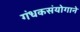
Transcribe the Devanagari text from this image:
गंधकसंयोगाने